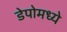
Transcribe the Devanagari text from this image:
डेपोमध्ये